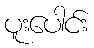
ပူးပေါင်း